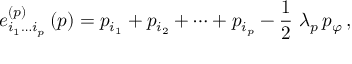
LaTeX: e _ { i _ { 1 } \ldots i _ { p } } ^ { ( p ) } \, ( p ) = p _ { i _ { 1 } } + p _ { i _ { 2 } } + \cdots + p _ { i _ { p } } - \frac { 1 } { 2 } \ \lambda _ { p } \, p _ { \varphi } \, ,